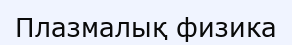
Плазмалық физика